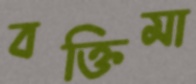
বক্তিমা